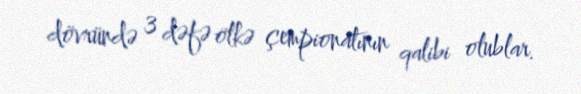
dövründə 3 dəfə ölkə çempionatının qalibi olublar.